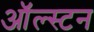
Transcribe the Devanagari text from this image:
ऑल्स्टन